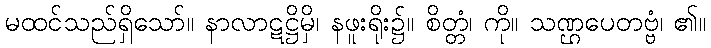
မထင်သည်ရှိသော်။ နာလာဋဋ္ဌိမှိ၊ နဖူးရိုး၌။ စိတ္တံ၊ ကို။ သဏ္ဌပေတဗ္ဗံ၊ ၏။